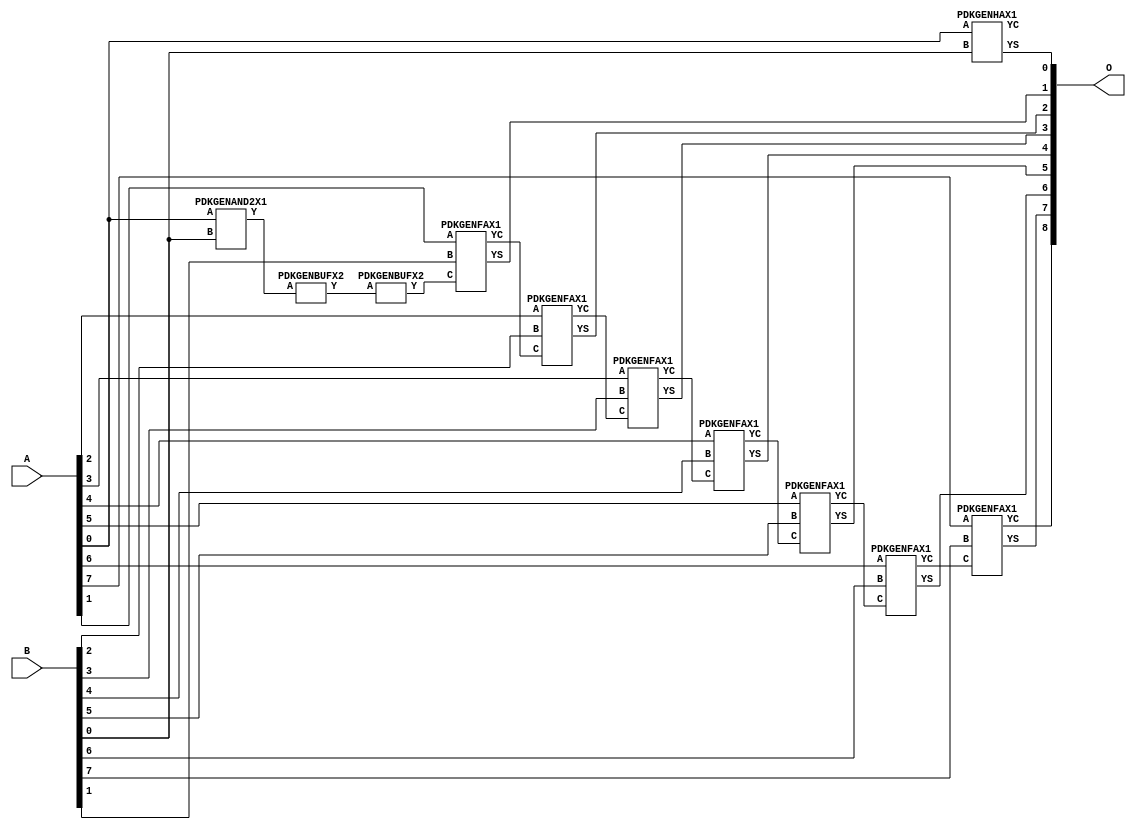
// Library = EvoApprox8b
// Circuit = add8_400
// Area   (180) = 1000
// Delay  (180) = 1.800
// Power  (180) = 355.80
// Area   (45) = 74
// Delay  (45) = 0.680
// Power  (45) = 34.16
// Nodes = 11
// HD = 0
// MAE = 0.00000
// MSE = 0.00000
// MRE = 0.00 %
// WCE = 0
// WCRE = 0 %
// EP = 0.0 %

module add8_400(A, B, O);
  input [7:0] A;
  input [7:0] B;
  output [8:0] O;
  wire [2031:0] N;

  assign N[0] = A[0];
  assign N[1] = A[0];
  assign N[2] = A[1];
  assign N[3] = A[1];
  assign N[4] = A[2];
  assign N[5] = A[2];
  assign N[6] = A[3];
  assign N[7] = A[3];
  assign N[8] = A[4];
  assign N[9] = A[4];
  assign N[10] = A[5];
  assign N[11] = A[5];
  assign N[12] = A[6];
  assign N[13] = A[6];
  assign N[14] = A[7];
  assign N[15] = A[7];
  assign N[16] = B[0];
  assign N[17] = B[0];
  assign N[18] = B[1];
  assign N[19] = B[1];
  assign N[20] = B[2];
  assign N[21] = B[2];
  assign N[22] = B[3];
  assign N[23] = B[3];
  assign N[24] = B[4];
  assign N[25] = B[4];
  assign N[26] = B[5];
  assign N[27] = B[5];
  assign N[28] = B[6];
  assign N[29] = B[6];
  assign N[30] = B[7];
  assign N[31] = B[7];

  PDKGENAND2X1 n32(.A(N[0]), .B(N[16]), .Y(N[32]));
  assign N[33] = N[32];
  PDKGENBUFX2 n34(.A(N[33]), .Y(N[34]));
  assign N[35] = N[34];
  PDKGENBUFX2 n50(.A(N[35]), .Y(N[50]));
  assign N[51] = N[50];
  PDKGENHAX1 n76(.A(N[0]), .B(N[16]), .YS(N[76]), .YC(N[77]));
  PDKGENFAX1 n82(.A(N[2]), .B(N[18]), .C(N[51]), .YS(N[82]), .YC(N[83]));
  PDKGENFAX1 n132(.A(N[4]), .B(N[20]), .C(N[83]), .YS(N[132]), .YC(N[133]));
  PDKGENFAX1 n182(.A(N[6]), .B(N[22]), .C(N[133]), .YS(N[182]), .YC(N[183]));
  PDKGENFAX1 n232(.A(N[8]), .B(N[24]), .C(N[183]), .YS(N[232]), .YC(N[233]));
  PDKGENFAX1 n282(.A(N[10]), .B(N[26]), .C(N[233]), .YS(N[282]), .YC(N[283]));
  PDKGENFAX1 n332(.A(N[12]), .B(N[28]), .C(N[283]), .YS(N[332]), .YC(N[333]));
  PDKGENFAX1 n382(.A(N[14]), .B(N[30]), .C(N[333]), .YS(N[382]), .YC(N[383]));

  assign O[0] = N[76];
  assign O[1] = N[82];
  assign O[2] = N[132];
  assign O[3] = N[182];
  assign O[4] = N[232];
  assign O[5] = N[282];
  assign O[6] = N[332];
  assign O[7] = N[382];
  assign O[8] = N[383];

endmodule
/* mod */
module PDKGENHAX1( input A, input B, output YS, output YC );
    assign YS = A ^ B;
    assign YC = A & B;
endmodule
/* mod */
module PDKGENAND2X1(input A, input B, output Y );
     assign Y = A & B;
endmodule
/* mod */
module PDKGENFAX1( input A, input B, input C, output YS, output YC );
    assign YS = (A ^ B) ^ C;
    assign YC = (A & B) | (B & C) | (A & C);
endmodule
/* mod */
module PDKGENBUFX2(input A, output Y );
     assign Y = A;
endmodule